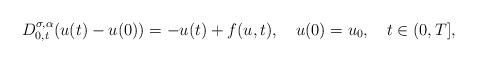
LaTeX: \begin{align*}D^{\sigma,\alpha}_{0,t}(u(t)-u(0)) = -u(t) + f(u,t),{\quad}u(0)=u_0,{\quad}t\in(0, T],\end{align*}